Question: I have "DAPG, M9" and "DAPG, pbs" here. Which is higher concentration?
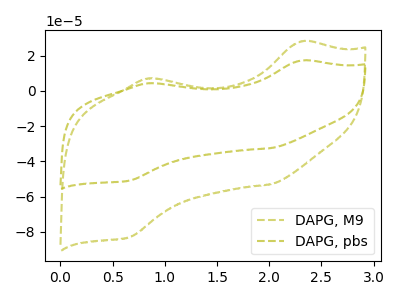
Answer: <think>The olive dashed curve "DAPG, M9" has anodic peaks at (2.30V, 28.10uA) (0.85V, 7.05uA) and cathodic peaks at (2.00V, -52.95uA) (0.65V, -83.10uA). The olive dashed curve "DAPG, pbs" has anodic peaks at (2.30V, 17.20uA) (0.85V, 4.30uA) and cathodic peaks at (2.00V, -32.45uA) (0.65V, -50.95uA).
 All the peaks in "DAPG, M9" have a peak in "DAPG, pbs" at the same potential. Every peak in "DAPG, M9" is higher than every peak in "DAPG, pbs".</think>
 <answer>"DAPG, M9" has more signal than "DAPG, pbs" and so likely has a higher concentration.</answer>
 <eval>more_concentration</eval>